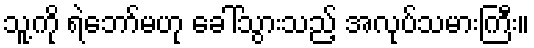
သူ့ကို ရဲဘော်မဟု ခေါ်သွားသည့် အလုပ်သမားကြီး။